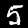
Label: 5